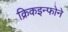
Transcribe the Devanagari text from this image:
क्रिकइन्फोने